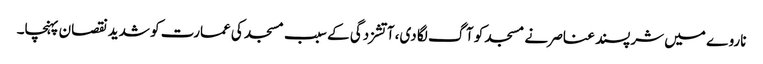
ناروے میں شرپسند عناصر نے مسجد کو آگ لگا دی، آتشزدگی کے سبب مسجد کی عمارت کو شدید نقصان پہنچا۔